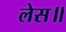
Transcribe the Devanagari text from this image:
लेस॥